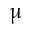
{ \upmu }